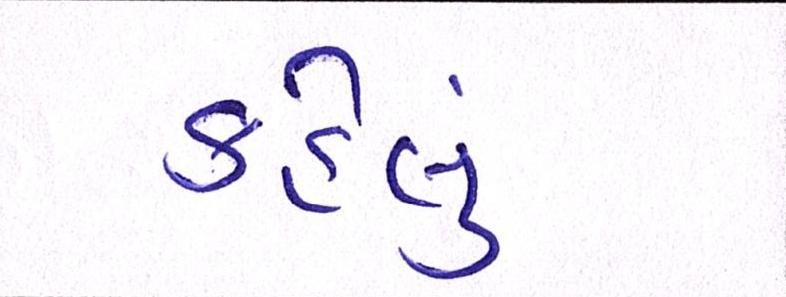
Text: કહેલું